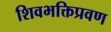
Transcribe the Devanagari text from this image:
शिवभक्तिप्रवण